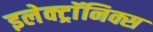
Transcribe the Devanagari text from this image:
इलेक्ट्राॅनिक्स